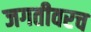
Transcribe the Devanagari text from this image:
जगतीवरच